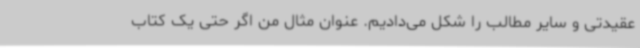
عقیدتی و سایر مطالب را شکل می‌دادیم. عنوان مثال من اگر حتی یک کتاب